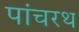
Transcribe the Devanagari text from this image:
पांचरथ